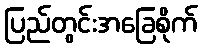
ပြည်တွင်းအခြေစိုက်